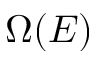
\Omega ( E )